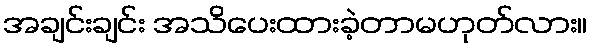
အချင်းချင်း အသိပေးထားခဲ့တာမဟုတ်လား။